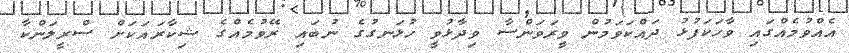
އެއްވުމެއްގައި ވާހަކަފުޅު ދައްކަވަމުން ވީރަވަންސާ ވިދާޅުވީ ހުޅަނގުގެ ނުބައި ރޭވުމެއްގެ ޝިކާރައަކަށް ސްރީލަންކާ